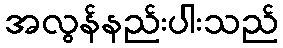
အလွန်နည်းပါးသည်